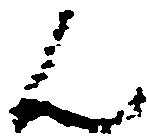
ん